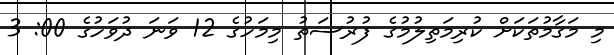
މި މަގާމުތަކަށް ކުރިމަތިލުމުގެ ފުރުސަތު މިމަހުގެ 12 ވަނަ ދުވަހުގެ 00: 3